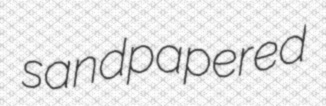
sandpapered